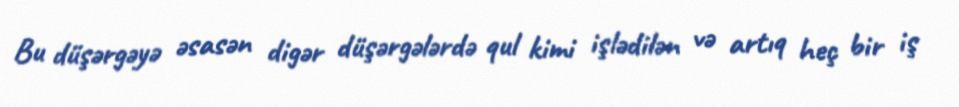
Bu düşərgəyə əsasən digər düşərgələrdə qul kimi işlədilən və artıq heç bir iş